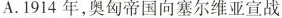
A.1914年，奥匈帝国向塞尔维亚宣战